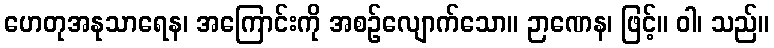
ဟေတုအနုသာရေန၊ အကြောင်းကို အစဉ်လျောက်သော။ ဉာဏေန၊ ဖြင့်။ ဝါ၊ သည်။